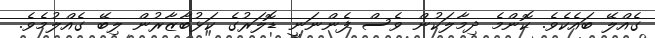
ގެއްލޭ ބައެކެވެ. ކޮންމެ ދިމާލަކުން ވެސް ފެންނަނީ ޑޮލަރުގެ ކަޅުބާޒާރުން ލިބޭ ގެއްލުމެވެ.